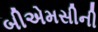
બીએમસીની